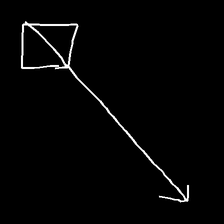
Glyph: focus